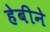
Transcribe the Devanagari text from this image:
हेबीने